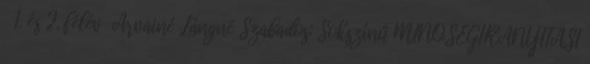
1. és 2. félév Árvainé Lángné Szabados: Sokszínű MINŐSÉGIRÁNYÍTÁSI